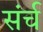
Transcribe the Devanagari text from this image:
संर्च